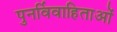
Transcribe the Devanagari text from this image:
पुनर्विवाहिताओं